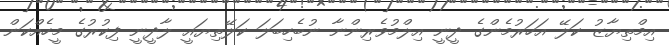
އިމްތިޔާޒު ކަލޭ އަހަރުމެންގެ ދީނީ އިލްމުވެރިންނާ ނުބެހިބަލަ ކަލޭތިޔައީ ލާދީނީ ފިކުރުގެ މީހެއްކަން